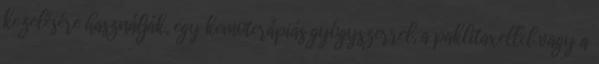
kezelésére használják, egy kemoterápiás gyógyszerrel, a paklitaxellel vagy a